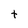
Character: t